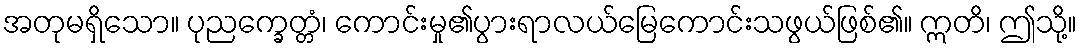
အတုမရှိသော။ ပုညက္ခေတ္တံ၊ ကောင်းမှု၏ပွားရာလယ်မြေကောင်းသဖွယ်ဖြစ်၏။ ဣတိ၊ ဤသို့။